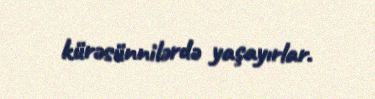
kürəsünnilərdə yaşayırlar.